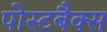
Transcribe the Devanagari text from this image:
पोस्टबैक्स